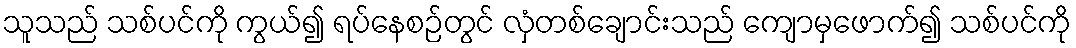
သူသည် သစ်ပင်ကို ကွယ်၍ ရပ်နေစဉ်တွင် လှံတစ်ချောင်းသည် ကျောမှဖောက်၍ သစ်ပင်ကို